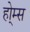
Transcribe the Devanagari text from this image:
हो्म्स